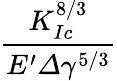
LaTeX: \frac{K_{Ic}^{8/3}}{E^{\prime}\varDelta\gamma^{5/3}}